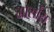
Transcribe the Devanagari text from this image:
गार्सोंस